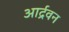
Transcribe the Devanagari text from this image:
आर्द्रवन